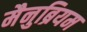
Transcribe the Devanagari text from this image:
मैनुब्रियम